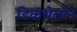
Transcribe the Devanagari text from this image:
डिकॅथेलॉन